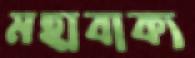
মহাবাক্য